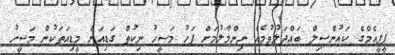
ޕީޕީއެމްގެ ކައުންސިލް ބައްދަލުވުމެއް ނިންމާލުމަށް ފަހު މަސީހު ނިކުތް ގަޑިއަށް މީޑިއަތަކުން މަސީހު